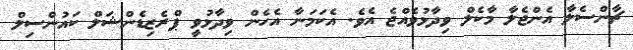
ޗާންސެލާ އެންޖެލާ މާކެލް ވިދާޅުވެއްޖެ އެވެ. އެކަމަނާ އެހެން ވިދާޅުވީ ޕްރެޒިޑެންޝަލް ކައުންސިލް